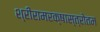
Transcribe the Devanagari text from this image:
श्रीरामरक्षास्त्रोतम